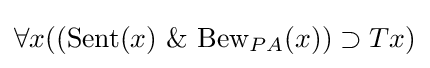
\forall x((\mathrm {Sent} (x)\ \&\ \mathrm {Bew} _{PA}(x))\supset Tx)